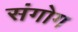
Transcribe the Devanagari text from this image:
संगोग